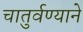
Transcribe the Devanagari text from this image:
चातुर्वण्याने